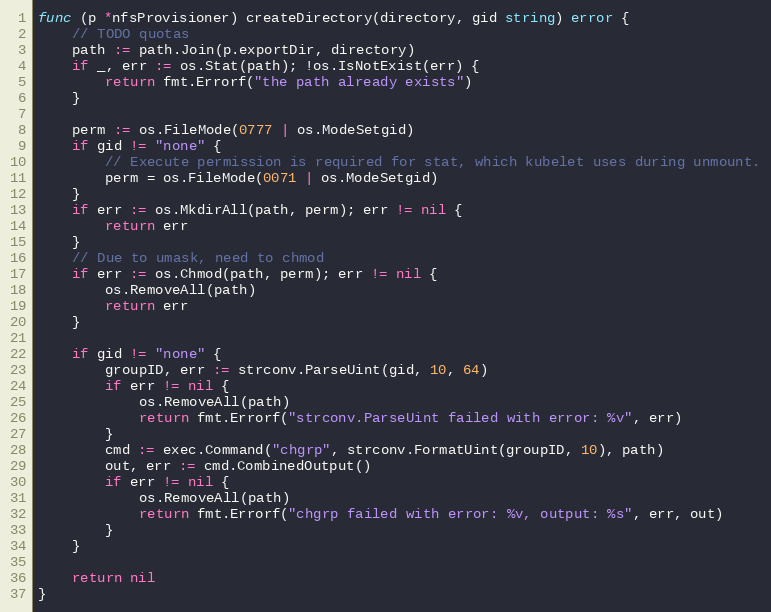
Language: Go
func (p *nfsProvisioner) createDirectory(directory, gid string) error {
	// TODO quotas
	path := path.Join(p.exportDir, directory)
	if _, err := os.Stat(path); !os.IsNotExist(err) {
		return fmt.Errorf("the path already exists")
	}

	perm := os.FileMode(0777 | os.ModeSetgid)
	if gid != "none" {
		// Execute permission is required for stat, which kubelet uses during unmount.
		perm = os.FileMode(0071 | os.ModeSetgid)
	}
	if err := os.MkdirAll(path, perm); err != nil {
		return err
	}
	// Due to umask, need to chmod
	if err := os.Chmod(path, perm); err != nil {
		os.RemoveAll(path)
		return err
	}

	if gid != "none" {
		groupID, err := strconv.ParseUint(gid, 10, 64)
		if err != nil {
			os.RemoveAll(path)
			return fmt.Errorf("strconv.ParseUint failed with error: %v", err)
		}
		cmd := exec.Command("chgrp", strconv.FormatUint(groupID, 10), path)
		out, err := cmd.CombinedOutput()
		if err != nil {
			os.RemoveAll(path)
			return fmt.Errorf("chgrp failed with error: %v, output: %s", err, out)
		}
	}

	return nil
}